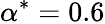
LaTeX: \alpha^{*}=0.6